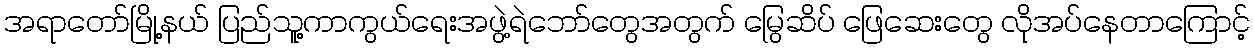
အရာတော်မြို့နယ် ပြည်သူ့ကာကွယ်ရေးအဖွဲ့ရဲဘော်တွေအတွက် မြွေဆိပ် ဖြေဆေးတွေ လိုအပ်နေတာကြောင့်